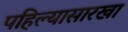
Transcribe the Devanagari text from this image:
पहिल्यासारखा